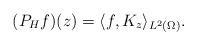
LaTeX: \begin{align*}(P_H f)(z)=\langle f,K_z\rangle_{L^2(\Omega)}.\end{align*}